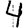
Digit: 4